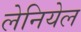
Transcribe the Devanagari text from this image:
लेनियेल